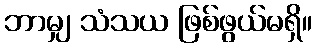
ဘာမျှ သံသယ ဖြစ်ဖွယ်မရှိ။